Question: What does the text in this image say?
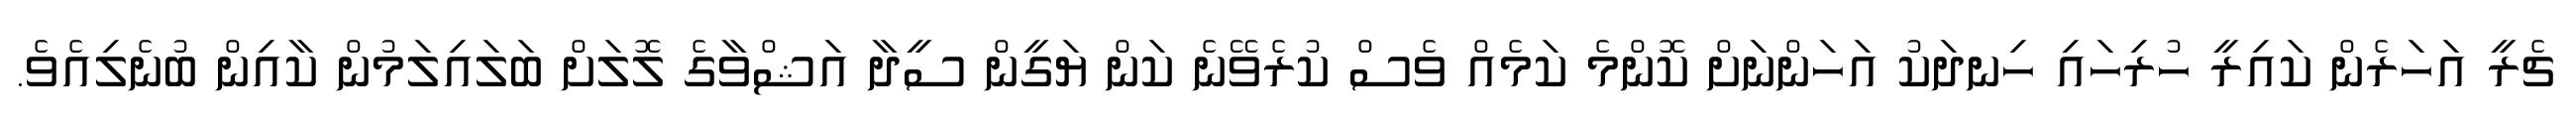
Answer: ޗެރީ އަހަރެން ކައިރީ ހުރިހައި ހިނދަކު އަހަންނަށް ކޮންމެ ކަމެއް ވެސް ކުރެވޭނެ ކަން ޔަގީން ސީދާ އަޝްވާގެ ލޮލަށް ބަލައިލަމުން ކާއިން ބުނެލިއެވެ.